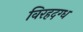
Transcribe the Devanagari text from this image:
विरहदग्ध